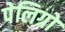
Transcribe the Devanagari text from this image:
पेलिग्रो